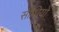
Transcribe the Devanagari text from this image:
सीधियों